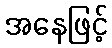
အနေဖြင့်